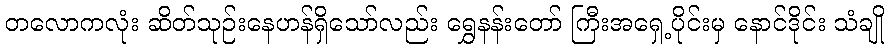
တလောကလုံး ဆိတ်သုဉ်းနေဟန်ရှိသော်လည်း ရွှေနန်းတော် ကြီးအရှေ့ပိုင်းမှ နောင်ဒိုင်း သံချို